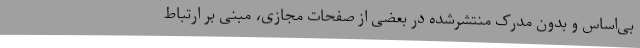
بی‌اساس و بدون مدرک منتشرشده در بعضی از صفحات مجازی، مبنی بر ارتباط